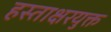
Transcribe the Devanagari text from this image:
हस्ताक्षरयुक्त